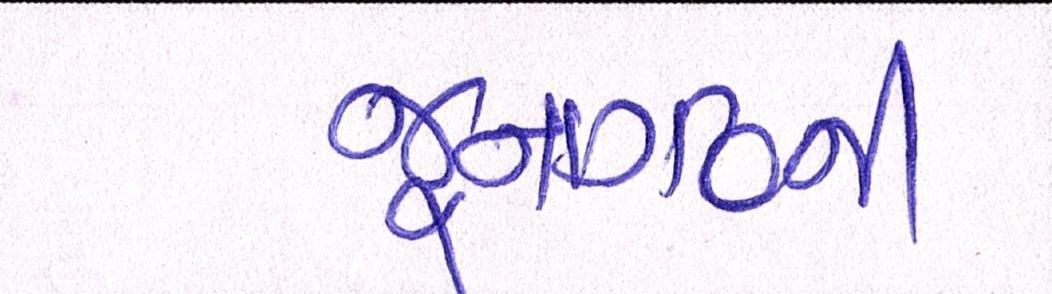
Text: જૂનાગઢની